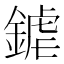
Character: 𨩽